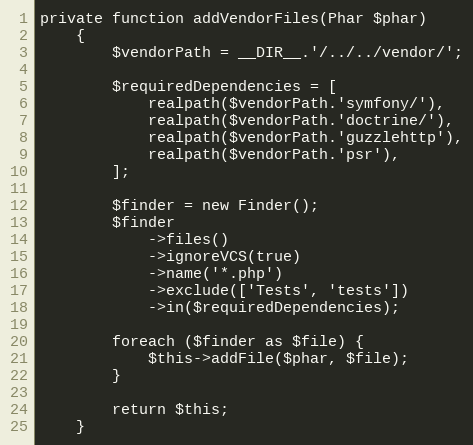
Language: PHP
private function addVendorFiles(Phar $phar)
    {
        $vendorPath = __DIR__.'/../../vendor/';

        $requiredDependencies = [
            realpath($vendorPath.'symfony/'),
            realpath($vendorPath.'doctrine/'),
            realpath($vendorPath.'guzzlehttp'),
            realpath($vendorPath.'psr'),
        ];

        $finder = new Finder();
        $finder
            ->files()
            ->ignoreVCS(true)
            ->name('*.php')
            ->exclude(['Tests', 'tests'])
            ->in($requiredDependencies);

        foreach ($finder as $file) {
            $this->addFile($phar, $file);
        }

        return $this;
    }